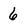
Character: 6